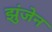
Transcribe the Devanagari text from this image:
झुंजेन